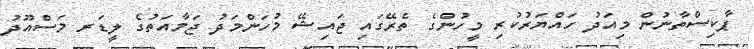
ޕާކިސްތާނުން މިއަދު ހައްޔަރުކުރި މީހުންގެ ތެރޭގައި ޖައިޝޭ މުހަންމަދު ޖަމާއަތުގެ ލީޑަރ މަސްއޫދު